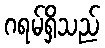
ဂရမ်ရှိသည်